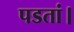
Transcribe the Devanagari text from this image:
पडतां।